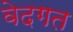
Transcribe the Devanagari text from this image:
वेदगत